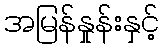
အမြန်နှုန်းနှင့်